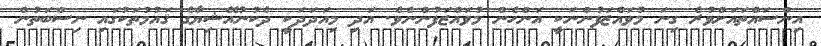
އިންސައްތައަށްވުރެ ގިނަ މުވައްޒަފުންނަކީ އަންހެން މުވައްޒަފުންނެވެ. އަދި މިއަދަދަކީ ދެކުނުއޭޝިޔާގެ ޤައުމުތަކުގައި ނިސްބަތުން